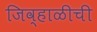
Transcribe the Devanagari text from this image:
जिव्हाळीची